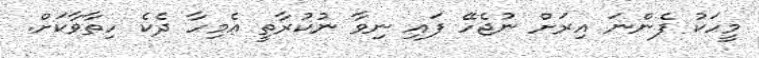
މީހަކު ފެންނަ އިރަށް ނުޖެހޭ ފައި ނިވާ ނުކުރާތީ އެމިހާ ދެކެ ހިތާވާކަށް.